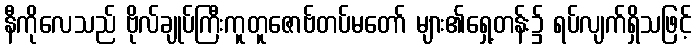
နီကိုလေသည် ဗိုလ်ချုပ်ကြီးကူတူဇောဗ်တပ်မတော် များ၏ရှေ့တန်း၌ ရပ်လျက်ရှိသဖြင့်